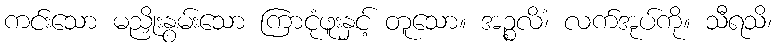
ကင်းသော မညှိုးနွမ်းသော ကြာငုံဖူးနှင့် တူသော။ အဉ္စလိံ၊ လက်အုပ်ကို။ သီရသိ၊